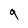
Character: 9